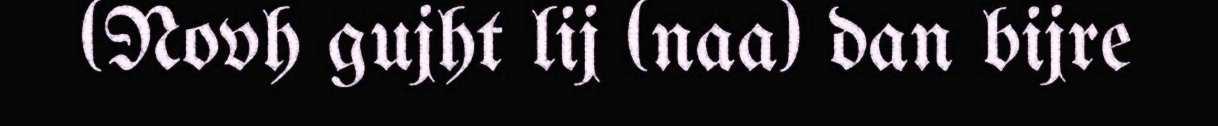
(Novh gujht lij (naa) dan bijre